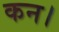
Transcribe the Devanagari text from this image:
कन।